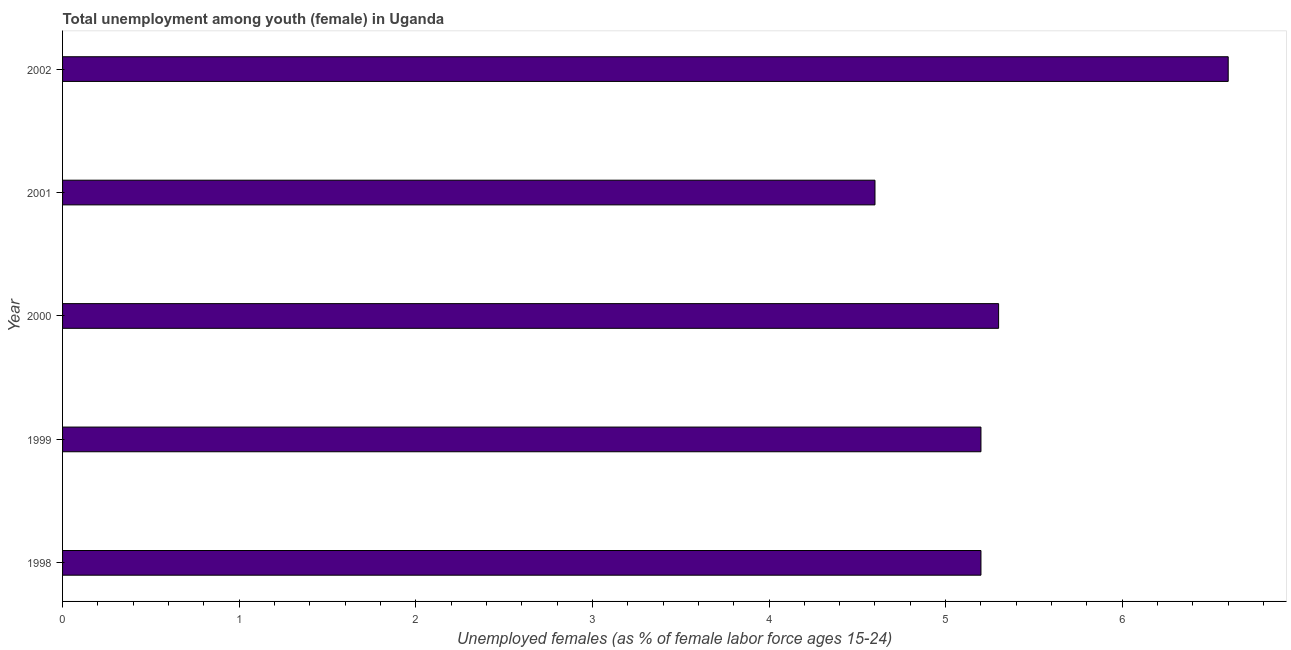
| Year | Unemployment |
 | --- | --- |
 | 1998 | 5.2 |
 | 1999 | 5.2 |
 | 2000 | 5.3 |
 | 2001 | 4.6 |
 | 2002 | 6.6 |